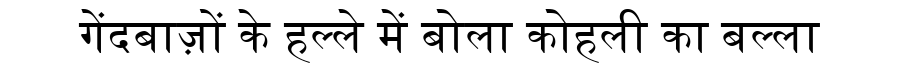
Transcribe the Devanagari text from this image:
गेंदबाज़ों के हल्ले में बोला कोहली का बल्ला